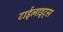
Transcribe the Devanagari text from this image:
टाईलाइट्स